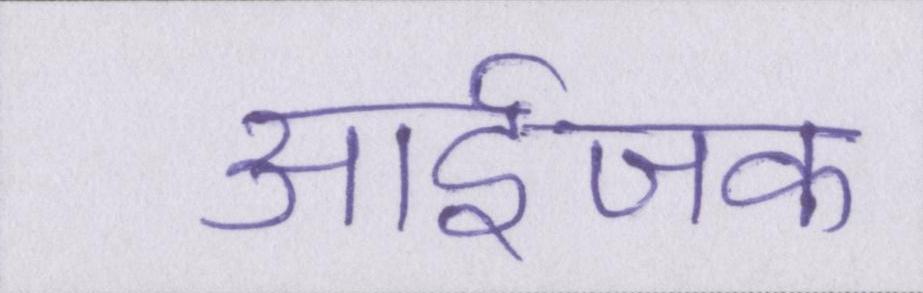
आईजक